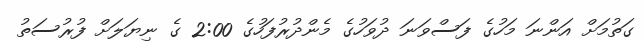
ގަތުމަށް އަންނަ މަހުގެ ފަސްވަނަ ދުވަހުގެ މެންދުރުފަހުގެ 2:00 ގެ ނިޔަލަށް ފުރުސަތު